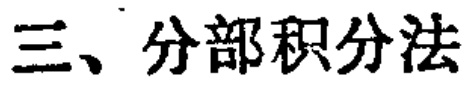
三、分部积分法